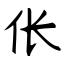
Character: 伥